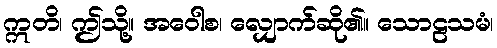
ဣတိ၊ ဤသို့။ အဝေါစ၊ လျှောက်ဆို၏။ သောဠသမံ၊